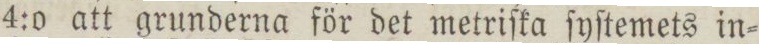
4:o att grunderna för det metriſka ſyſtemets in=